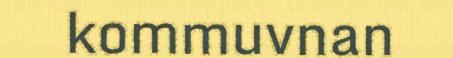
kommuvnan